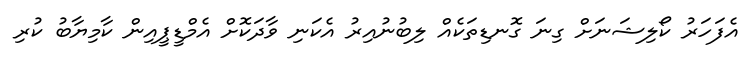
އެފަހަރު ކޯލިޝަނަށް ގިނަ ގޮނޑިތަކެއް ލިބުނުއިރު އެކަނި ވާދަކޮށް އެމްޑީޕީއިން ކާމިޔާބު ކުރި